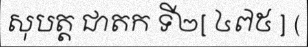
សុបត្ត ជាតក ទី២[ ៤៧៥ ] (